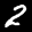
Label: 2